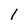
Character: 1